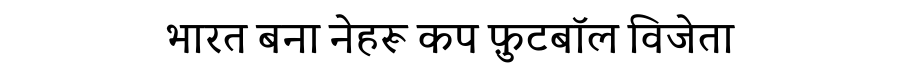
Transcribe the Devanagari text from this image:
भारत बना नेहरू कप फ़ुटबॉल विजेता